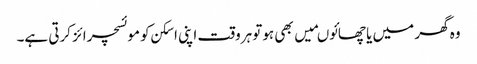
وہ گھر میں یا چھائوںمیں بھی ہوتو ہروقت اپنی اسکن کو موئسچرائز کرتی ہے۔